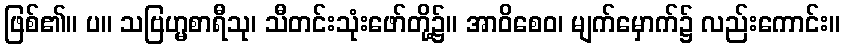
ဖြစ်၏။ ပ။ သဗြဟ္မစာရီသု၊ သီတင်းသုံးဖော်တို့၌။ အာဝိစေဝ၊ မျက်မှောက်၌ လည်းကောင်း။